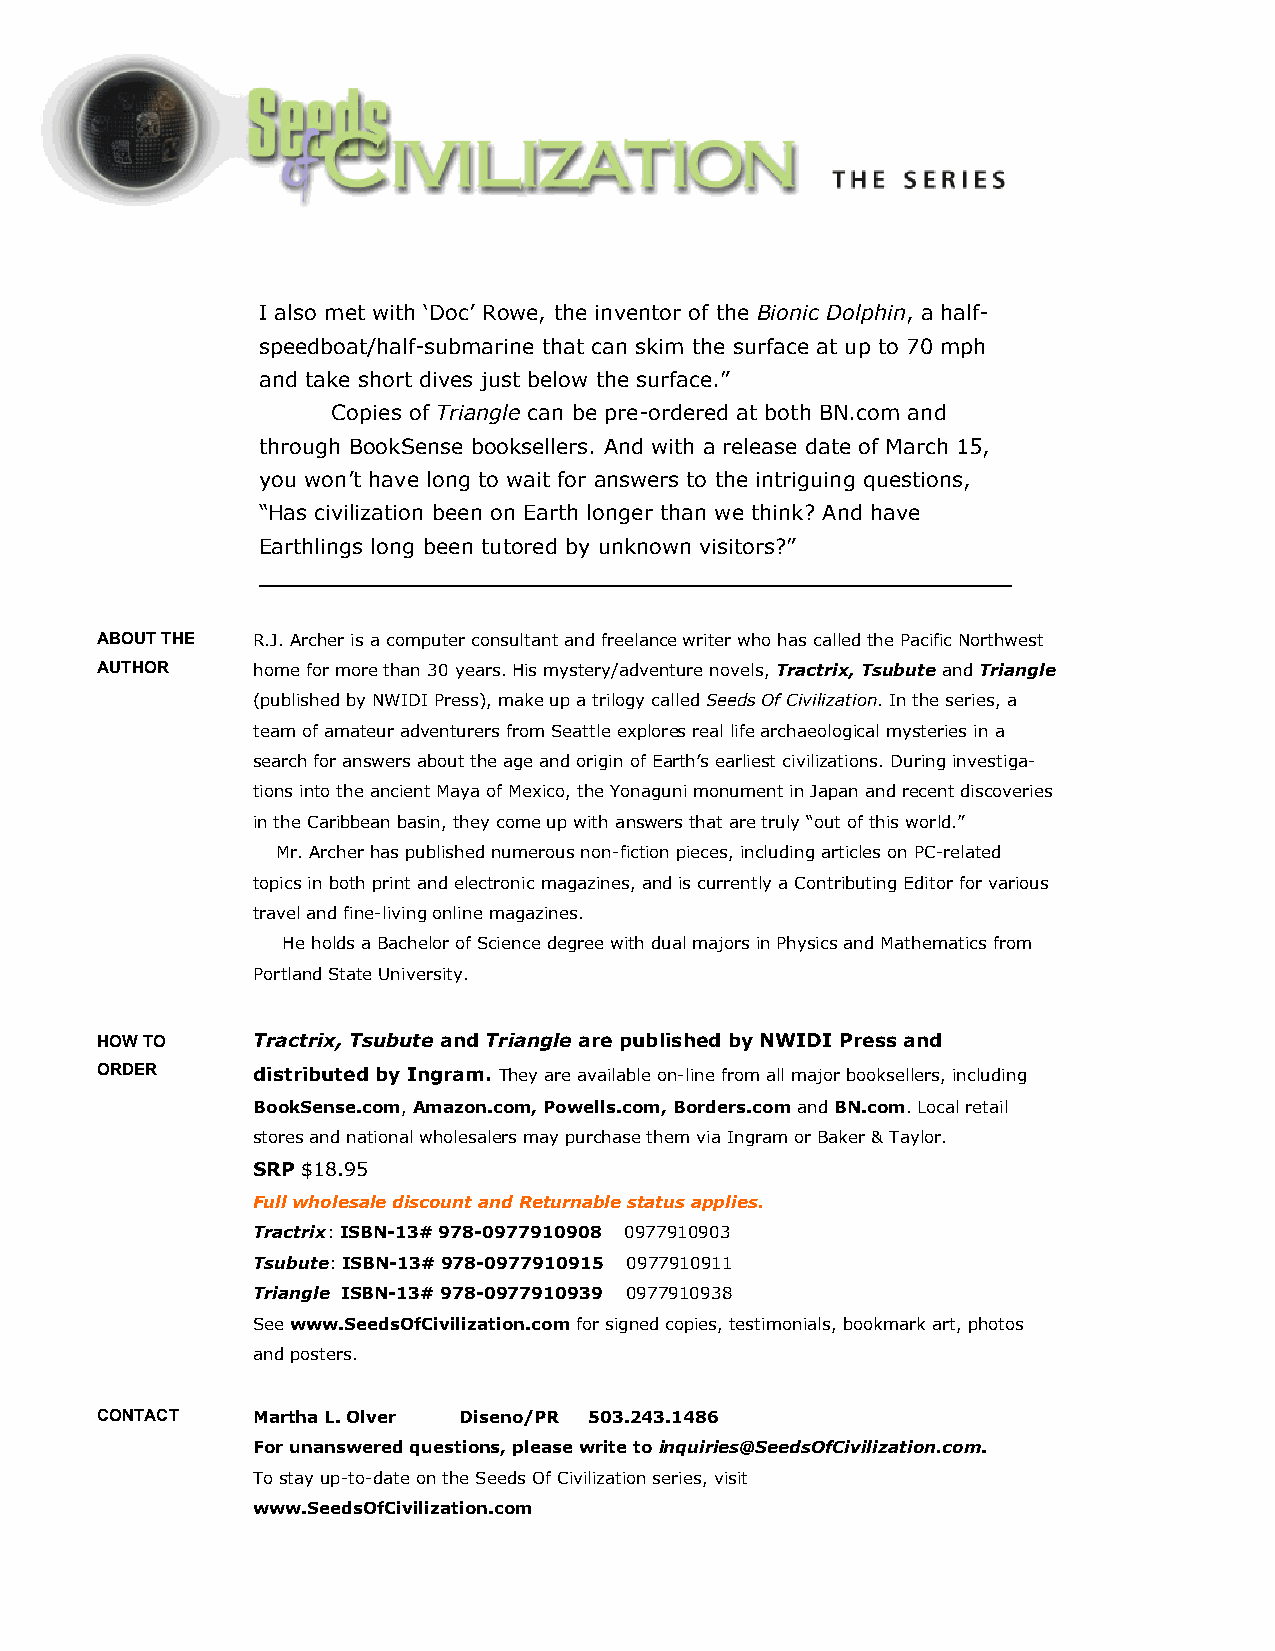
I also met with ‘Doc’ Rowe, the inventor of the Bionic Dolphin, a half-
 speedboat/half-submarine that can skim the surface at up to 70 mph
 and take short dives just below the surface.”
 Copies of Triangle can be pre-ordered at both BN.com and
 through BookSense booksellers. And with a release date of March 15,
 you won’t have long to wait for answers to the intriguing questions,
 “Has civilization been on Earth longer than we think? And have
 Earthlings long been tutored by unknown visitors?”
 ___________________________________________________________
 ABOUT THE  R.J. Archer is a computer consultant and freelance writer who has called the Pacific Northwest
 AUTHOR     home for more than 30 years. His mystery/adventure novels, Tractrix, Tsubute and Triangle
 (published by NWIDI Press), make up a trilogy called Seeds Of Civilization. In the series, a
 team of amateur adventurers from Seattle explores real life archaeological mysteries in a
 search for answers about the age and origin of Earth’s earliest civilizations. During investiga-
 tions into the ancient Maya of Mexico, the Yonaguni monument in Japan and recent discoveries
 in the Caribbean basin, they come up with answers that are truly “out of this world.”
 Mr. Archer has published numerous non-fiction pieces, including articles on PC-related
 topics in both print and electronic magazines, and is currently a Contributing Editor for various
 travel and fine-living online magazines.
 He holds a Bachelor of Science degree with dual majors in Physics and Mathematics from
 Portland State University.
 HOW TO     Tractrix, Tsubute and Triangle are published by NWIDI Press and
 ORDER      distributed by Ingram. They are available on-line from all major booksellers, including
 BookSense.com, Amazon.com, Powells.com, Borders.com and BN.com. Local retail
 stores and national wholesalers may purchase them via Ingram or Baker & Taylor.
 SRP $18.95
 Full wholesale discount and Returnable status applies.
 Tractrix: ISBN-13# 978-0977910908 0977910903
 Tsubute: ISBN-13# 978-0977910915 0977910911
 Triangle ISBN-13# 978-0977910939 0977910938
 See www.SeedsOfCivilization.com for signed copies, testimonials, bookmark art, photos
 and posters.
 CONTACT    Martha L. Olver Diseno/PR 503.243.1486
 For unanswered questions, please write to inquiries@SeedsOfCivilization.com.
 To stay up-to-date on the Seeds Of Civilization series, visit
 www.SeedsOfCivilization.com